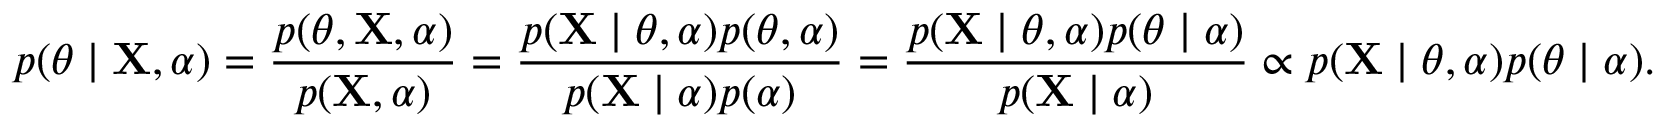
p ( \theta \mid \mathbf { X } , \alpha ) = { \frac { p ( \theta , \mathbf { X } , \alpha ) } { p ( \mathbf { X } , \alpha ) } } = { \frac { p ( \mathbf { X } \mid \theta , \alpha ) p ( \theta , \alpha ) } { p ( \mathbf { X } \mid \alpha ) p ( \alpha ) } } = { \frac { p ( \mathbf { X } \mid \theta , \alpha ) p ( \theta \mid \alpha ) } { p ( \mathbf { X } \mid \alpha ) } } \propto p ( \mathbf { X } \mid \theta , \alpha ) p ( \theta \mid \alpha ) .